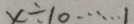
x \div 1 0 \cdots 1